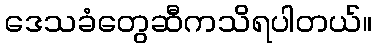
ဒေသခံတွေဆီကသိရပါတယ်။